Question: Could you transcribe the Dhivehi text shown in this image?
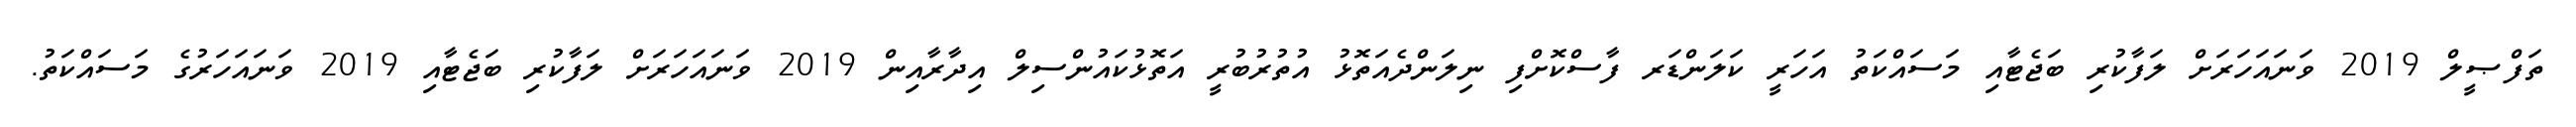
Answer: ތަފްޞީލް 2019 ވަނައަހަރަށް ލަފާކުރި ބަޖެޓާއި މަސައްކަތު އަހަރީ ކަލަންޑަރ ފާސްކޮށްފި ނިލަންދެއަތޮޅު އުތުރުބުރީ އަތޮޅުކައުންސިލް އިދާރާއިން 2019 ވަނައަހަރަށް ލަފާކުރި ބަޖެޓާއި 2019 ވަނައަހަރުގެ މަސައްކަތު.